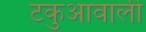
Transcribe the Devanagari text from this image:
टकुआवाली